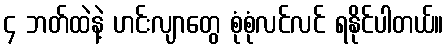
၄ ဘတ်ထဲနဲ့ ဟင်းလျာတွေ စုံစုံလင်လင် ရနိုင်ပါတယ်။